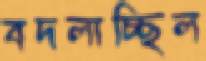
বদলাচ্ছিল